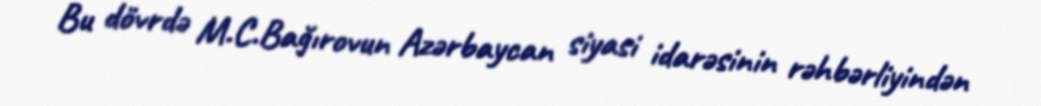
Bu dövrdə M.C.Bağırovun Azərbaycan siyasi idarəsinin rəhbərliyindən